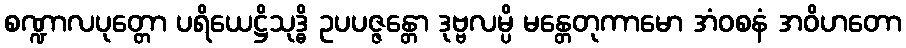
စဏ္ဍာလပုတ္တော ပရိယေဋ္ဌိသုဒ္ဓိ ဥပပဇ္ဇန္တော ဒုဗ္ဗလမ္ပိ မန္တေတုကာမော အံဝစနံ အဝိဟတော